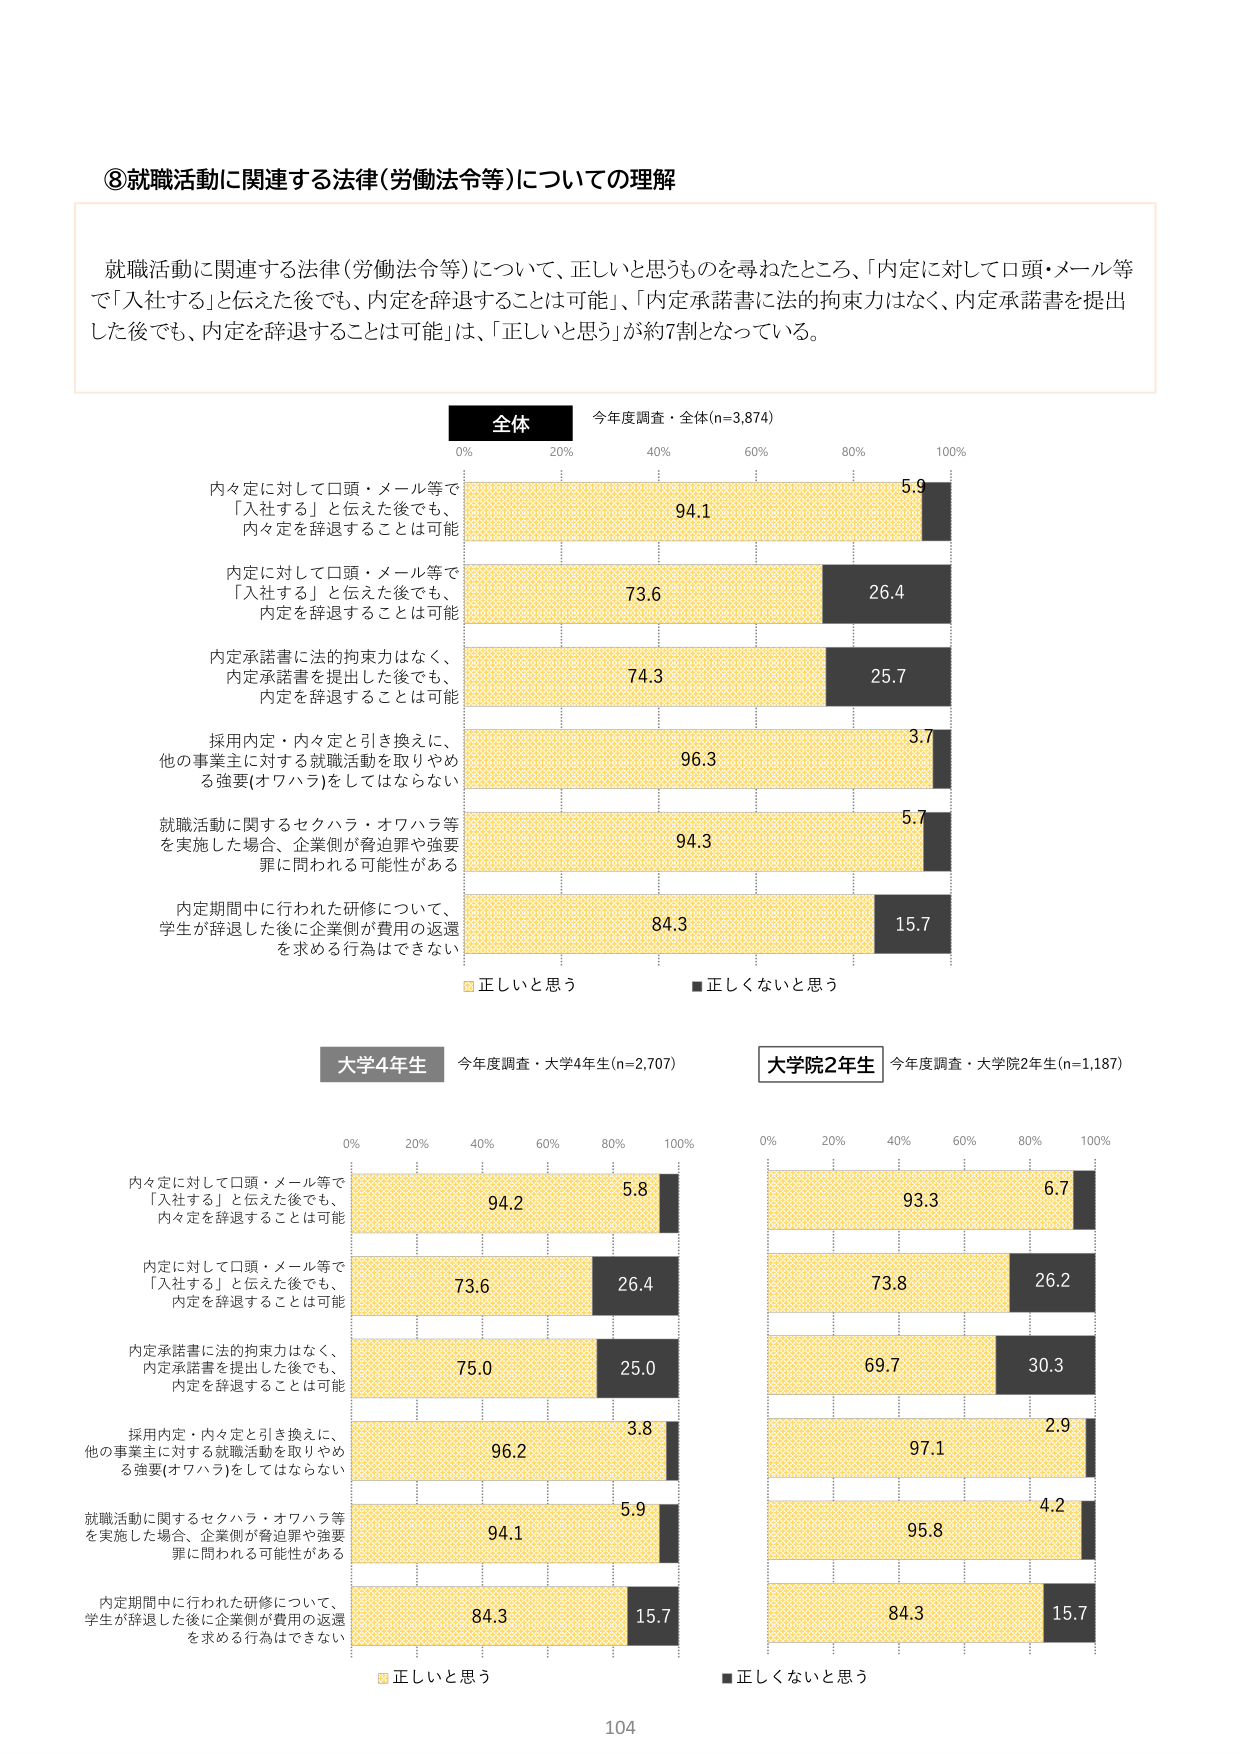
⑧就職活動に関連する法律(労働法令等)についての理解

就職活動に関連する法律(労働法令等)について、正しいと思うものを尋ねたところ、「内定に対して口頭・メール等で「入社する」と伝えた後でも、内定を辞退することは可能」、「内定承諾書に法的拘束力はなく、内定承諾書を提出した後でも、内定を辞退することは可能」は、「正しいと思う」が約7割となっている。

全体
今年度調査・全体(n=3,874)
0% 20% 40% 60% 80% 100%
内々定に対して口頭・メール等で「入社する」と伝えた後でも、内々定を辞退することは可能 94.1 5.9
内定に対して口頭・メール等で「入社する」と伝えた後でも、内定を辞退することは可能 73.6 26.4
内定承諾書に法的拘束力はなく、内定承諾書を提出した後でも、内定を辞退することは可能 74.3 25.7
採用内定・内々定と引き換えに、他の事業主に対する就職活動を取りやめる強要(オワハラ)をしてはならない 96.3 3.7
就職活動に関するセクハラ・オワハラ等を実施した場合、企業側が脅迫罪や強要罪に問われる可能性がある 94.3 5.7
内定期間中に行われた研修について、学生が辞退した後に企業側が費用の返還を求める行為はできない 84.3 15.7
■ 正しいと思う ■ 正しくないと思う

大学4年生
今年度調査・大学4年生(n=2,707)
0% 20% 40% 60% 80% 100%
内々定に対して口頭・メール等で「入社する」と伝えた後でも、内々定を辞退することは可能 94.2 5.8
内定に対して口頭・メール等で「入社する」と伝えた後でも、内定を辞退することは可能 73.6 26.4
内定承諾書に法的拘束力はなく、内定承諾書を提出した後でも、内定を辞退することは可能 75.0 25.0
採用内定・内々定と引き換えに、他の事業主に対する就職活動を取りやめる強要(オワハラ)をしてはならない 96.2 3.8
就職活動に関するセクハラ・オワハラ等を実施した場合、企業側が脅迫罪や強要罪に問われる可能性がある 94.1 5.9
内定期間中に行われた研修について、学生が辞退した後に企業側が費用の返還を求める行為はできない 84.3 15.7
■ 正しいと思う ■ 正しくないと思う

大学院2年生
今年度調査・大学院2年生(n=1,187)
0% 20% 40% 60% 80% 100%
内々定に対して口頭・メール等で「入社する」と伝えた後でも、内々定を辞退することは可能 93.3 6.7
内定に対して口頭・メール等で「入社する」と伝えた後でも、内定を辞退することは可能 73.8 26.2
内定承諾書に法的拘束力はなく、内定承諾書を提出した後でも、内定を辞退することは可能 69.7 30.3
採用内定・内々定と引き換えに、他の事業主に対する就職活動を取りやめる強要(オワハラ)をしてはならない 97.1 2.9
就職活動に関するセクハラ・オワハラ等を実施した場合、企業側が脅迫罪や強要罪に問われる可能性がある 95.8 4.2
内定期間中に行われた研修について、学生が辞退した後に企業側が費用の返還を求める行為はできない 84.3 15.7
■ 正しいと思う ■ 正しくないと思う

104